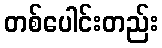
တစ်ပေါင်းတည်း